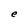
Character: e